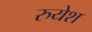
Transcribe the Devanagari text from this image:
रुयेश